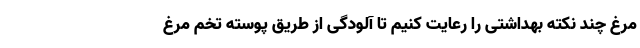
مرغ چند نکته بهداشتی را رعایت کنیم تا آلودگی از طریق پوسته تخم مرغ